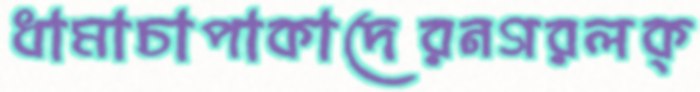
ধামাচাপাকাদেরনগরলক্